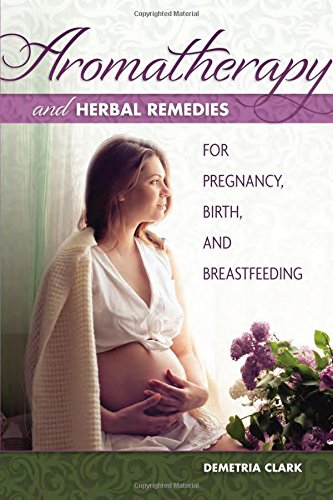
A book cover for Aromatherapy and Herbal Remedies for Pregnancy, Birth, and Breastfeeding; Demetria Clark; Health, Fitness & Dieting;